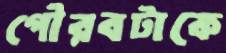
গৌরবটাকে